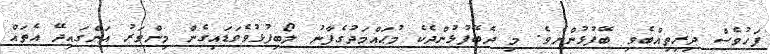
ފަހުވެސް ދިރިތިއްބެވި ބޭފުޅުންނެވެ. މި ދެބޭފުޅުންދެކެ މުޙައްމަދުގެފާނު ލޯބިފުޅުވެވަޑައިގެން މިންވަރު އަންގައިދޭ އެތައް